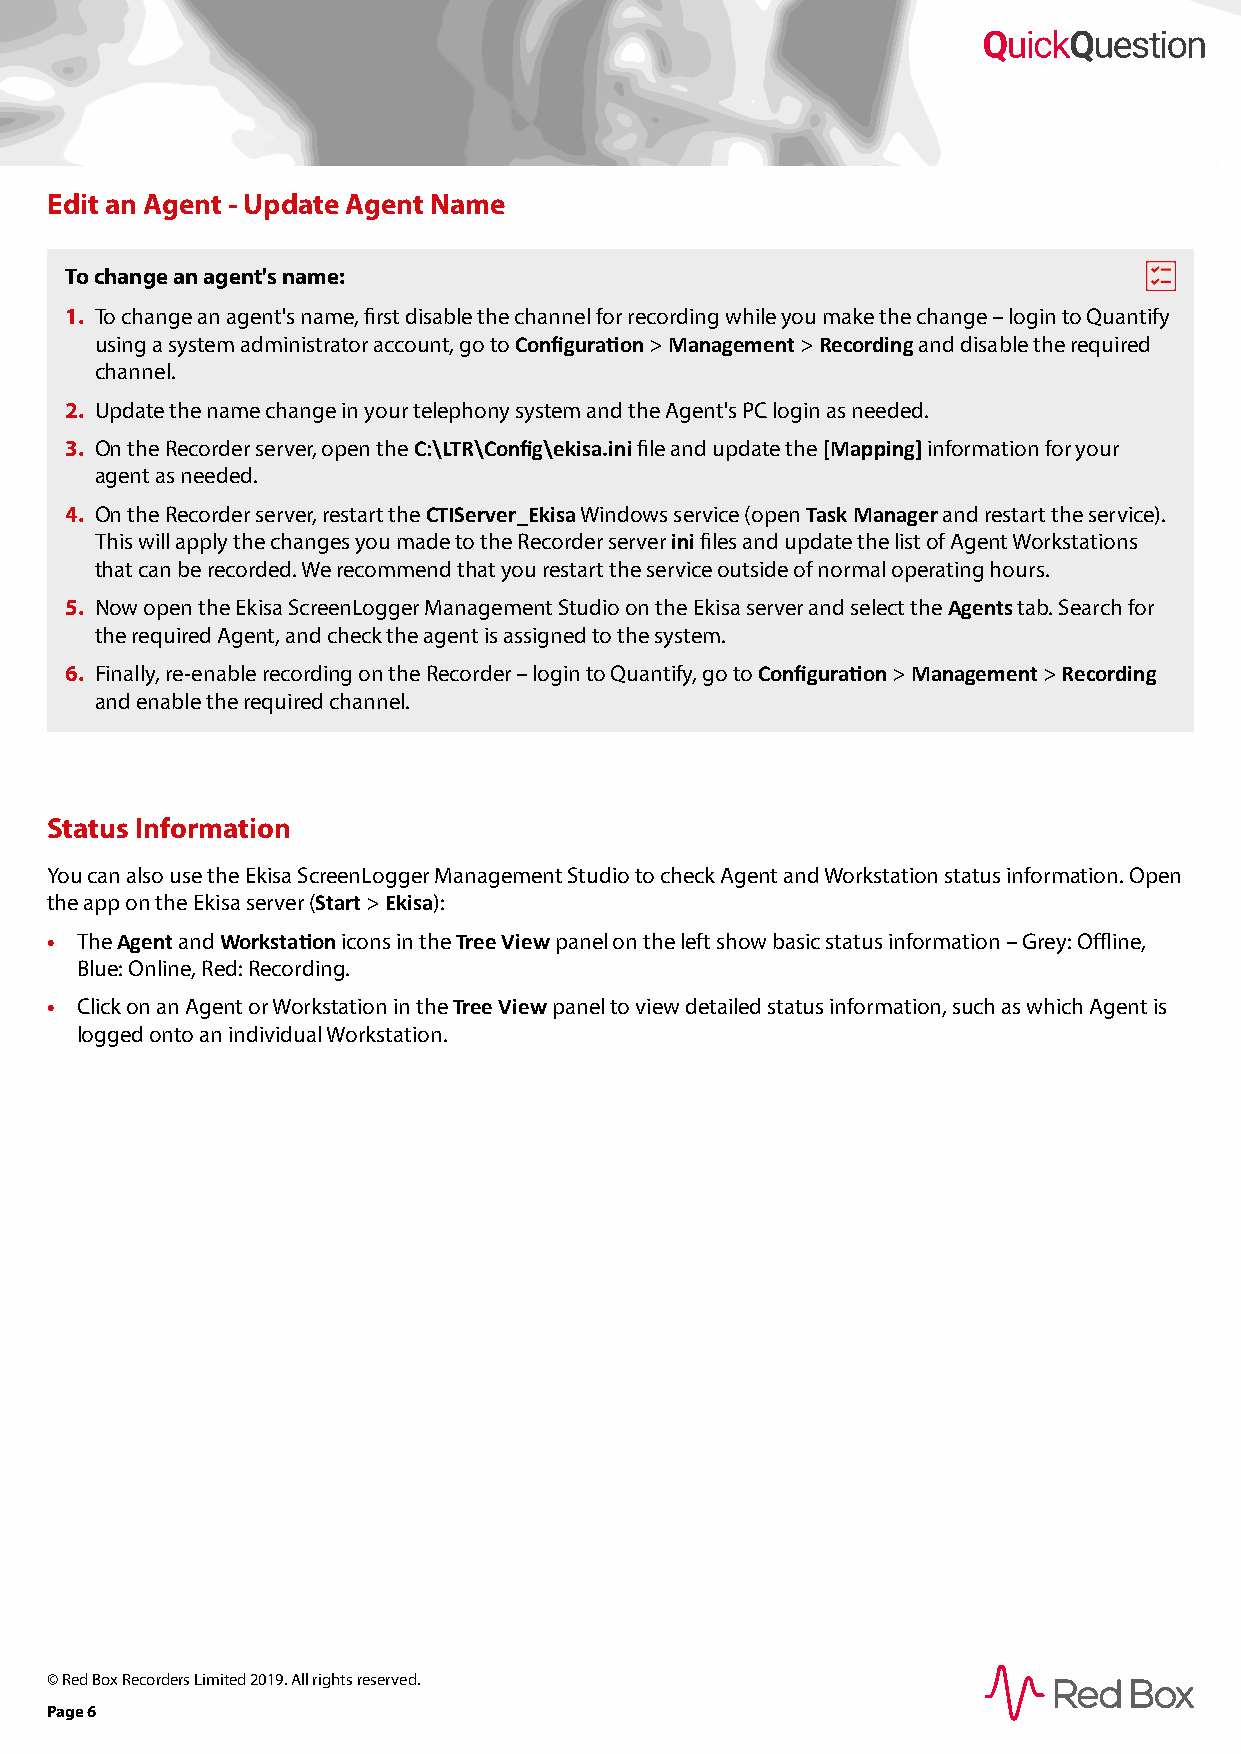
Edit an Agent - Update Agent Name
 To change an agent's name:
 1. To change an agent's name, first disable the channel for recording while you make the change – login to Quantify
 using a system administrator account, go to Configuration > Management > Recording and disable the required
 channel.
 2. Update the name change in your telephony system and the Agent's PC login as needed.
 3. On the Recorder server, open the C:\LTR\Config\ekisa.ini file and update the [Mapping] information for your
 agent as needed.
 4. On the Recorder server, restart the CTIServer_Ekisa Windows service (open Task Manager and restart the service).
 This will apply the changes you made to the Recorder server ini files and update the list of Agent Workstations
 that can be recorded. We recommend that you restart the service outside of normal operating hours.
 5. Now open the Ekisa ScreenLogger Management Studio on the Ekisa server and select the Agents tab. Search for
 the required Agent, and check the agent is assigned to the system.
 6. Finally, re-enable recording on the Recorder – login to Quantify, go to Configuration > Management > Recording
 and enable the required channel.
 Status Information
 You can also use the Ekisa ScreenLogger Management Studio to check Agent and Workstation status information. Open
 the app on the Ekisa server (Start > Ekisa):
 • The Agent and Workstation icons in the Tree View panel on the left show basic status information – Grey: Offline,
 Blue: Online, Red: Recording.
 • Click on an Agent or Workstation in the Tree View panel to view detailed status information, such as which Agent is
 logged onto an individual Workstation.
 © Red Box Recorders Limited 2019. All rights reserved.
 Page 6